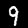
Label: 9